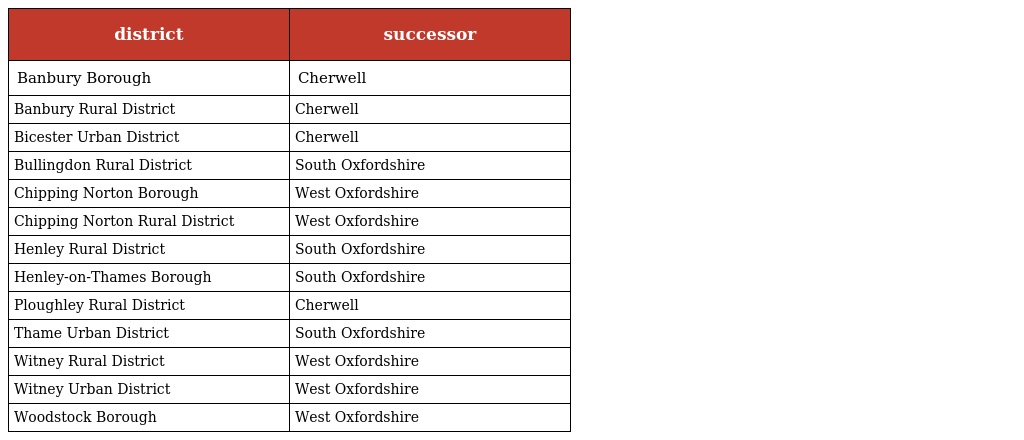
| district | successor |
 | --- | --- |
 | Banbury Borough | Cherwell |
 | Banbury Rural District | Cherwell |
 | Bicester Urban District | Cherwell |
 | Bullingdon Rural District | South Oxfordshire |
 | Chipping Norton Borough | West Oxfordshire |
 | Chipping Norton Rural District | West Oxfordshire |
 | Henley Rural District | South Oxfordshire |
 | Henley-on-Thames Borough | South Oxfordshire |
 | Ploughley Rural District | Cherwell |
 | Thame Urban District | South Oxfordshire |
 | Witney Rural District | West Oxfordshire |
 | Witney Urban District | West Oxfordshire |
 | Woodstock Borough | West Oxfordshire |